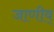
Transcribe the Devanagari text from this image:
जाणीव्